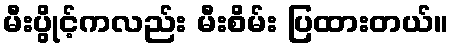
မီးပွိုင့်ကလည်း မီးစိမ်း ပြထားတယ်။